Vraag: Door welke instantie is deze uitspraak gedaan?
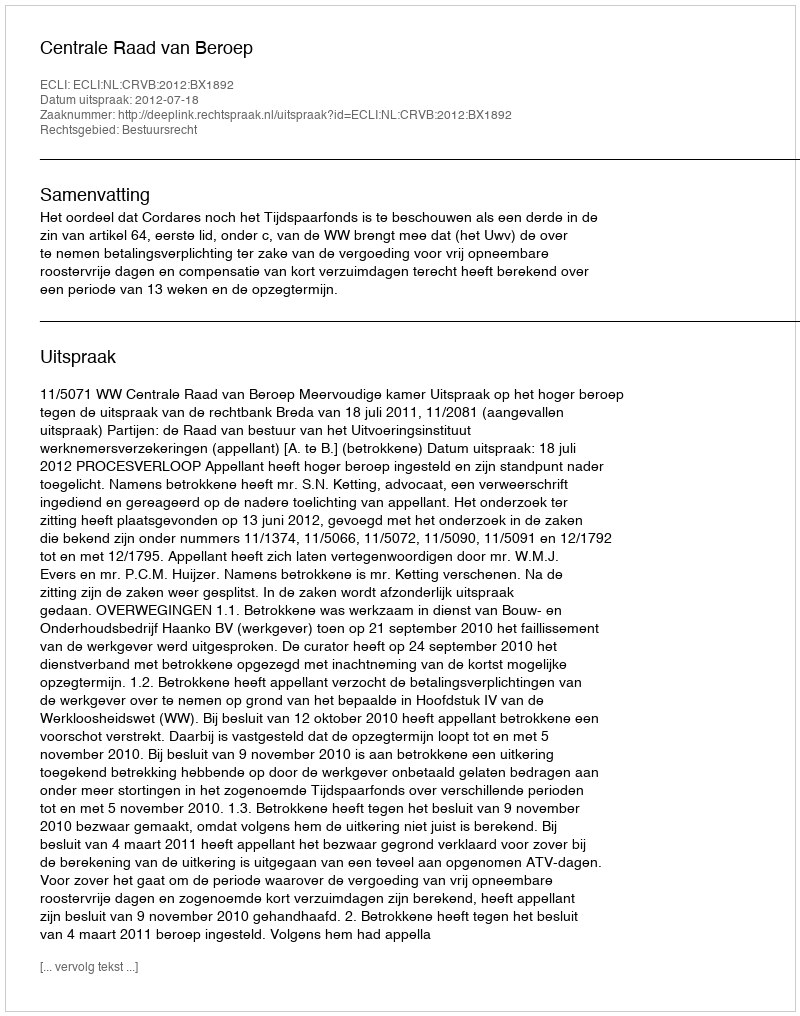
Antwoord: Centrale Raad van Beroep